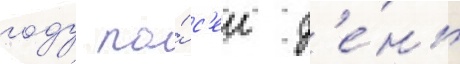
году по́ с'еи д'е́нь